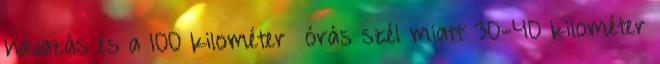
havazás és a 100 kilométer órás szél miatt 30-40 kilométer